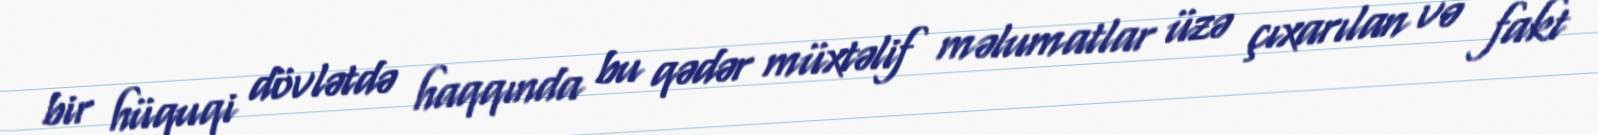
bir hüquqi dövlətdə haqqında bu qədər müxtəlif məlumatlar üzə çıxarılan və fakt